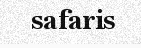
safaris